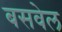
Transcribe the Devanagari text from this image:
बसवेल